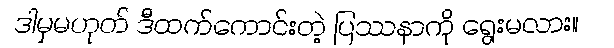
ဒါမှမဟုတ် ဒီထက်ကောင်းတဲ့ ပြဿနာကို ရွေးမလား။